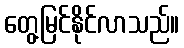
တွေ့မြင်နိုင်လာသည်။